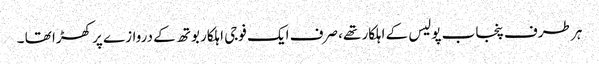
ہر طرف پنجاب پولیس کے اہلکار تھے، صرف ایک فوجی اہلکار بوتھ کے دروازے پر کھڑا تھا ۔